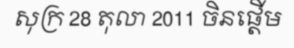
សុក្រ 28 តុលា 2011 ចិនផ្តើម